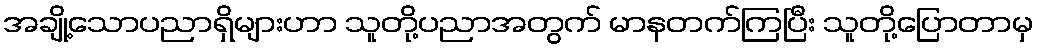
အချို့သောပညာရှိများဟာ သူတို့ပညာအတွက် မာနတက်ကြပြီး သူတို့ပြောတာမှ